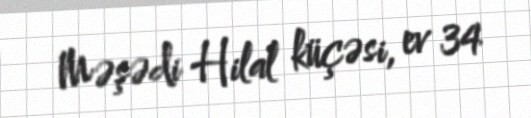
Məşədi Hilal küçəsi, ev 34